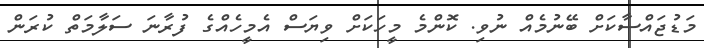
މަޑުޖައްސާކަށް ބޭނުމެއް ނުވި. ކޮންމެ މީހަކަށް ވިޔަސް އެމީހެއްގެ ފުރާނަ ސަލާމަތް ކުރަން